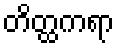
တိတ္ထကရာ